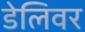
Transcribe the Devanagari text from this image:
डेलिवर